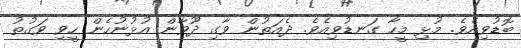
ބޮޑުވިއެވެ. މުޅި މީހާ ގަނޑުވިއެވެ. ދެއަތުން ވާގި ދޫވާން އުޅުނުހެން ހީވި ވަގުތު